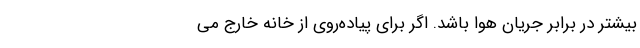
بیشتر در برابر جریان هوا باشد. اگر برای پیاده‌روی از خانه خارج می